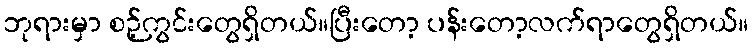
ဘုရားမှာ စဉ့်ကွင်းတွေရှိတယ်။ပြီးတော့ ပန်းတော့လက်ရာတွေရှိတယ်။